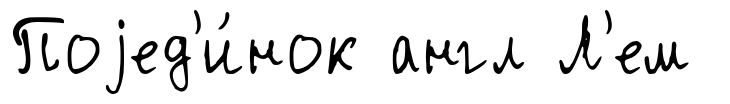
Поjед'и́нок англ Л'ем